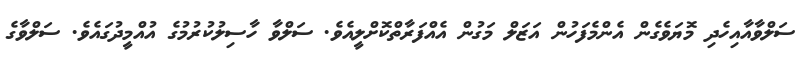
ސަލްވާއާއިހެދި މޮޔަވެގެން އެންމެފަހުން އަޒަލް މަގުން އެއްފަރާތްކޮށްލީއެވެ. ސަލްވާ ހާސިލުކުރުމުގެ އުއްމީދުގައެވެ. ސަލްވާގެ